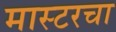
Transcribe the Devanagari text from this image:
मास्टरचा